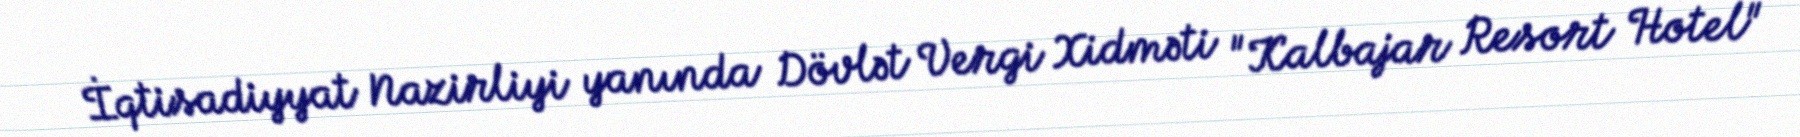
İqtisadiyyat Nazirliyi yanında Dövlət Vergi Xidməti "Kalbajar Resort Hotel"